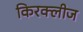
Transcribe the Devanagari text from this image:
किरक्लीज